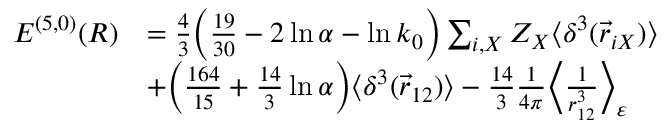
\begin{array} { r l } { { \cal { E } } ^ { ( 5 , 0 ) } ( R ) } & { = \frac { 4 } { 3 } \Big ( \frac { 1 9 } { 3 0 } - 2 \ln \alpha - \ln k _ { 0 } \Big ) \sum _ { i , X } Z _ { X } \langle \delta ^ { 3 } ( \vec { r } _ { i X } ) \rangle } \\ & { + \Big ( \frac { 1 6 4 } { 1 5 } + \frac { 1 4 } { 3 } \ln \alpha \Big ) \langle \delta ^ { 3 } ( \vec { r } _ { 1 2 } ) \rangle - \frac { 1 4 } { 3 } \frac { 1 } { 4 \pi } \Big \langle \frac { 1 } { r _ { 1 2 } ^ { 3 } } \Big \rangle _ { \varepsilon } } \end{array}